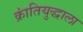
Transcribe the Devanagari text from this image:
क्रांतियुद्धाला